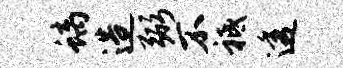
螭造弼不祗透